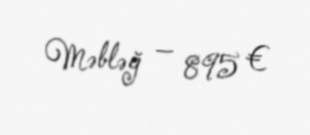
Məbləğ — 895 €